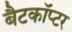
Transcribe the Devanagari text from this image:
बैटकाॅप्टर